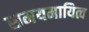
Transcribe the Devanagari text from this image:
समयमायित्व